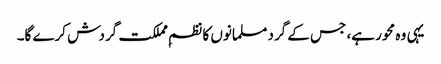
یہی وہ محور ہے، جس کے گرد مسلمانوں کا نظمِ مملکت گردش کرے گا۔